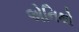
એનિથો